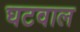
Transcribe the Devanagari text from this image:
घटवाल